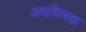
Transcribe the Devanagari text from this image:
अधय्त्मिक